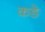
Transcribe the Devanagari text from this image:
कङे